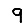
Digit: 9